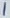
Text: 1